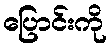
ပြောင်းကို